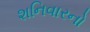
શનિવારનો